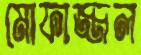
মোফাজ্জল